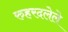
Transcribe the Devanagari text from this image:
रुहरदलेले